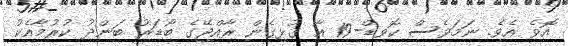
އޮވެ އެވެ. ނަމަވެސް ކޮވިޑް-19 އާ ގުޅިގެން ރާއްޖޭގެ ބޯޑަރު ބަންދު ކުރުމާއެކު